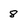
Character: 8